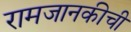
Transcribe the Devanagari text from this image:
रामजानकीची